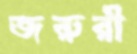
জরুরী